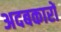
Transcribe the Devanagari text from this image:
अदबकारों